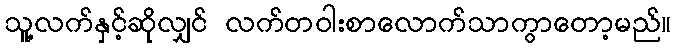
သူ့လက်နှင့်ဆိုလျှင် လက်တဝါးစာလောက်သာကွာတော့မည်။